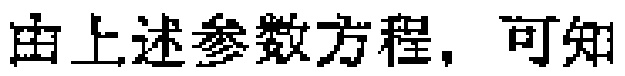
由上述参数方程，可知